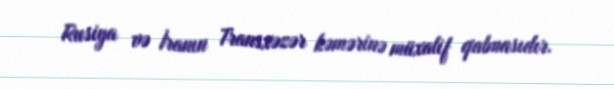
Rusiya və İranın Transxəzər kəmərinə müxalif qalmasıdır.